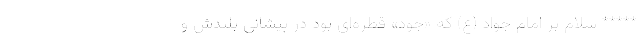
***** سلام بر امام جواد (ع) که «جود» قطره‌ای بود در پیشانی بلندش و